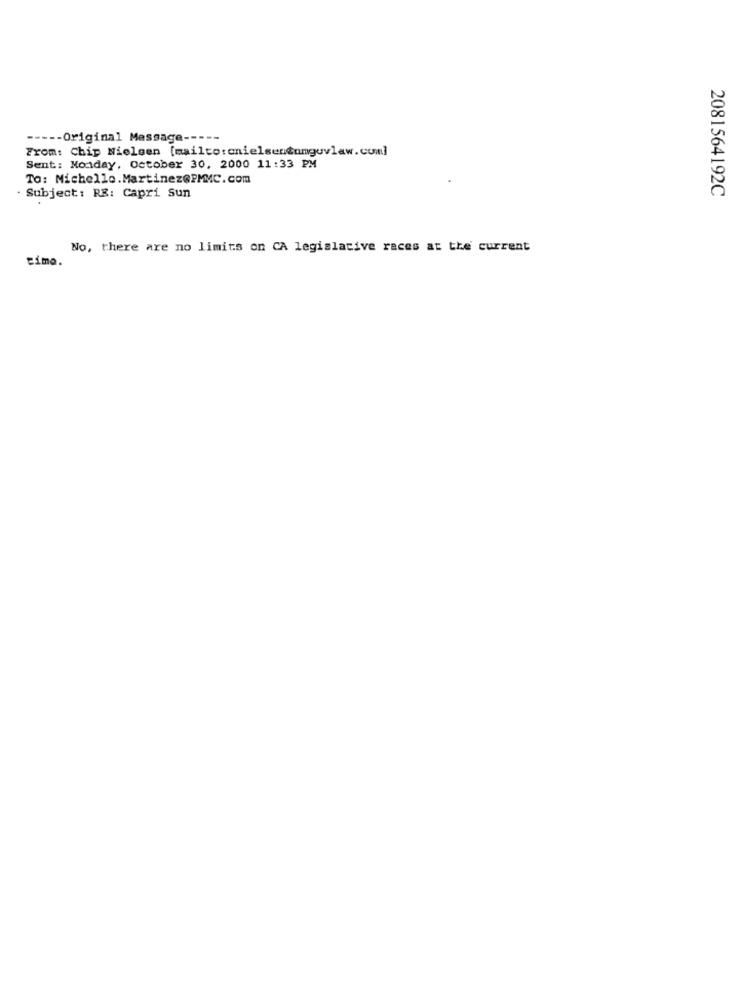
----- Original Message ----
From: Chip Nielsen [mailto:cnielsen@umguvlaw. com]
Sent: Monday, October 30, 2000 11:33 PM
To: Michelle.Martinez@PMMC.com
Subject: RE: Capri Sun
2081564192C
No, there are no limits on CA legislative races at the current
timo